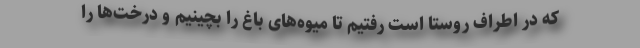
که در اطراف روستا است رفتیم تا میوه‌های باغ را بچینیم و درخت‌ها را